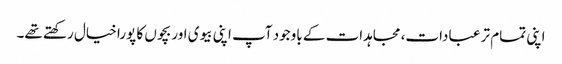
اپنی تمام تر عبادات، مجاہدات کے باوجود آپ اپنی بیوی اور بچوں کا پورا خیال رکھتے تھے۔